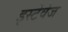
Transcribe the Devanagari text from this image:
इस्टेवेज